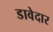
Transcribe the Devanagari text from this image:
डावेदार